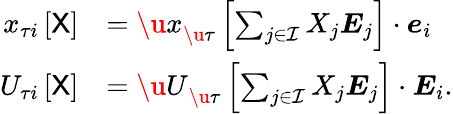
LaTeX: \begin{array}{rl}{{x}_{\tau i}\left[\sf X\right]}&{={\u{x}}_{\u{\tau}}\left[\sum_{j\in\mathcal{I}}X_{j}\boldsymbol{E}_{j}\right]\cdot\boldsymbol{e}_{i}}\\ {{U}_{\tau i}\left[\sf X\right]}&{={\u{U}}_{\u{\tau}}\left[\sum_{j\in\mathcal{I}}X_{j}\boldsymbol{E}_{j}\right]\cdot\boldsymbol{E}_{i}.}\end{array}